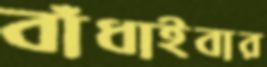
বাঁধাইবার